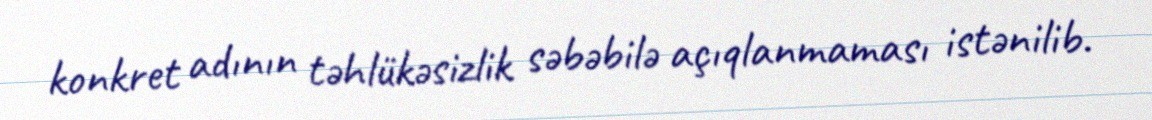
konkret adının təhlükəsizlik səbəbilə açıqlanmaması istənilib.